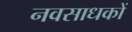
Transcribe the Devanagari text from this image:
नवसाधकों